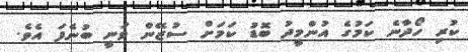
ކުރި ހޯދާނެ ކަމުގެ އުންމީދު ބޮޑު ކަމަށް ސުޒޭން ވަނީ ބުނެފަ އެވެ.